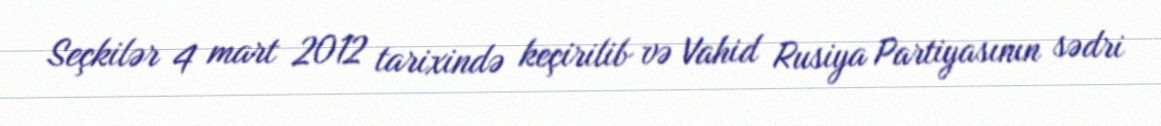
Seçkilər 4 mart 2012 tarixində keçirilib və Vahid Rusiya Partiyasının sədri